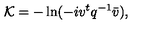
{ \cal K } = - \ln ( - i v ^ { t } q ^ { - 1 } \bar { v } ) ,